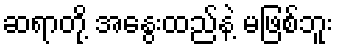
ဆရာတို့ အနွေးထည်နဲ့ မဖြစ်ဘူး